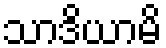
သာဒိယာမိ